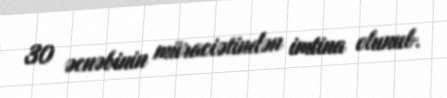
30 əcnəbinin müraciətindən imtina olunub.